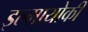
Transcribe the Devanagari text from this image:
इल्मायोकी